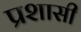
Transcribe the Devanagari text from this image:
प्रशासी